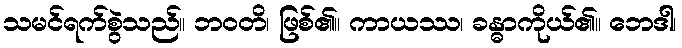
သမင်ရက်စွဲသည်။ ဘဝတိ၊ ဖြစ်၏။ ကာယဿ၊ ခန္ဓာကိုယ်၏။ ဘေဒါ၊